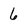
Character: 6